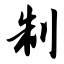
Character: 制